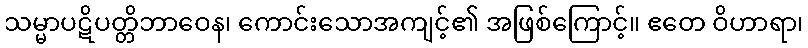
သမ္မာပဋိပတ္တိဘာဝေန၊ ကောင်းသောအကျင့်၏ အဖြစ်ကြောင့်။ ဧတေ ဝိဟာရာ၊